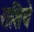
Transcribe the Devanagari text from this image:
राशिचे